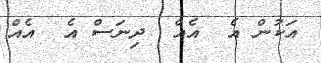
އަކުން އެ  އެއް  ދިނަސް އެ  އެއް